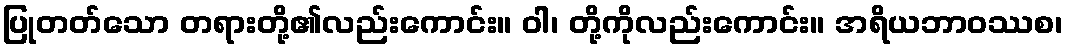
ပြုတတ်သော တရားတို့၏လည်းကောင်း။ ဝါ၊ တို့ကိုလည်းကောင်း။ အရိယဘာဝဿစ၊